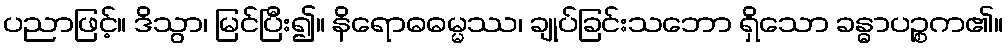
ပညာဖြင့်။ ဒိသွာ၊ မြင်ပြီး၍။ နိရောဓဓမ္မဿ၊ ချုပ်ခြင်းသဘော ရှိသော ခန္ဓာပဉ္စက၏။